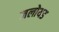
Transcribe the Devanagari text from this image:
जलोयड